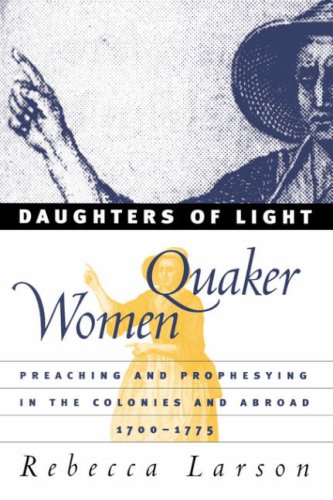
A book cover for Daughters of Light: Quaker Women Preaching and Prophesying in the Colonies and Abroad, 1700-1775; Rebecca Larson; Christian Books & Bibles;